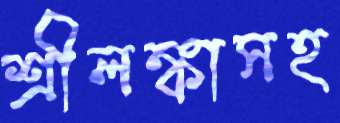
শ্রীলঙ্কাসহ